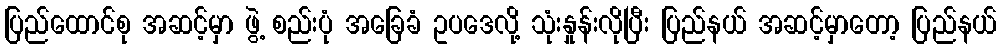
ပြည်ထောင်စု အဆင့်မှာ ဖွဲ့ စည်းပုံ အခြေခံ ဥပဒေလို့ သုံးနှုန်းလိုပြီး ပြည်နယ် အဆင့်မှာတော့ ပြည်နယ်